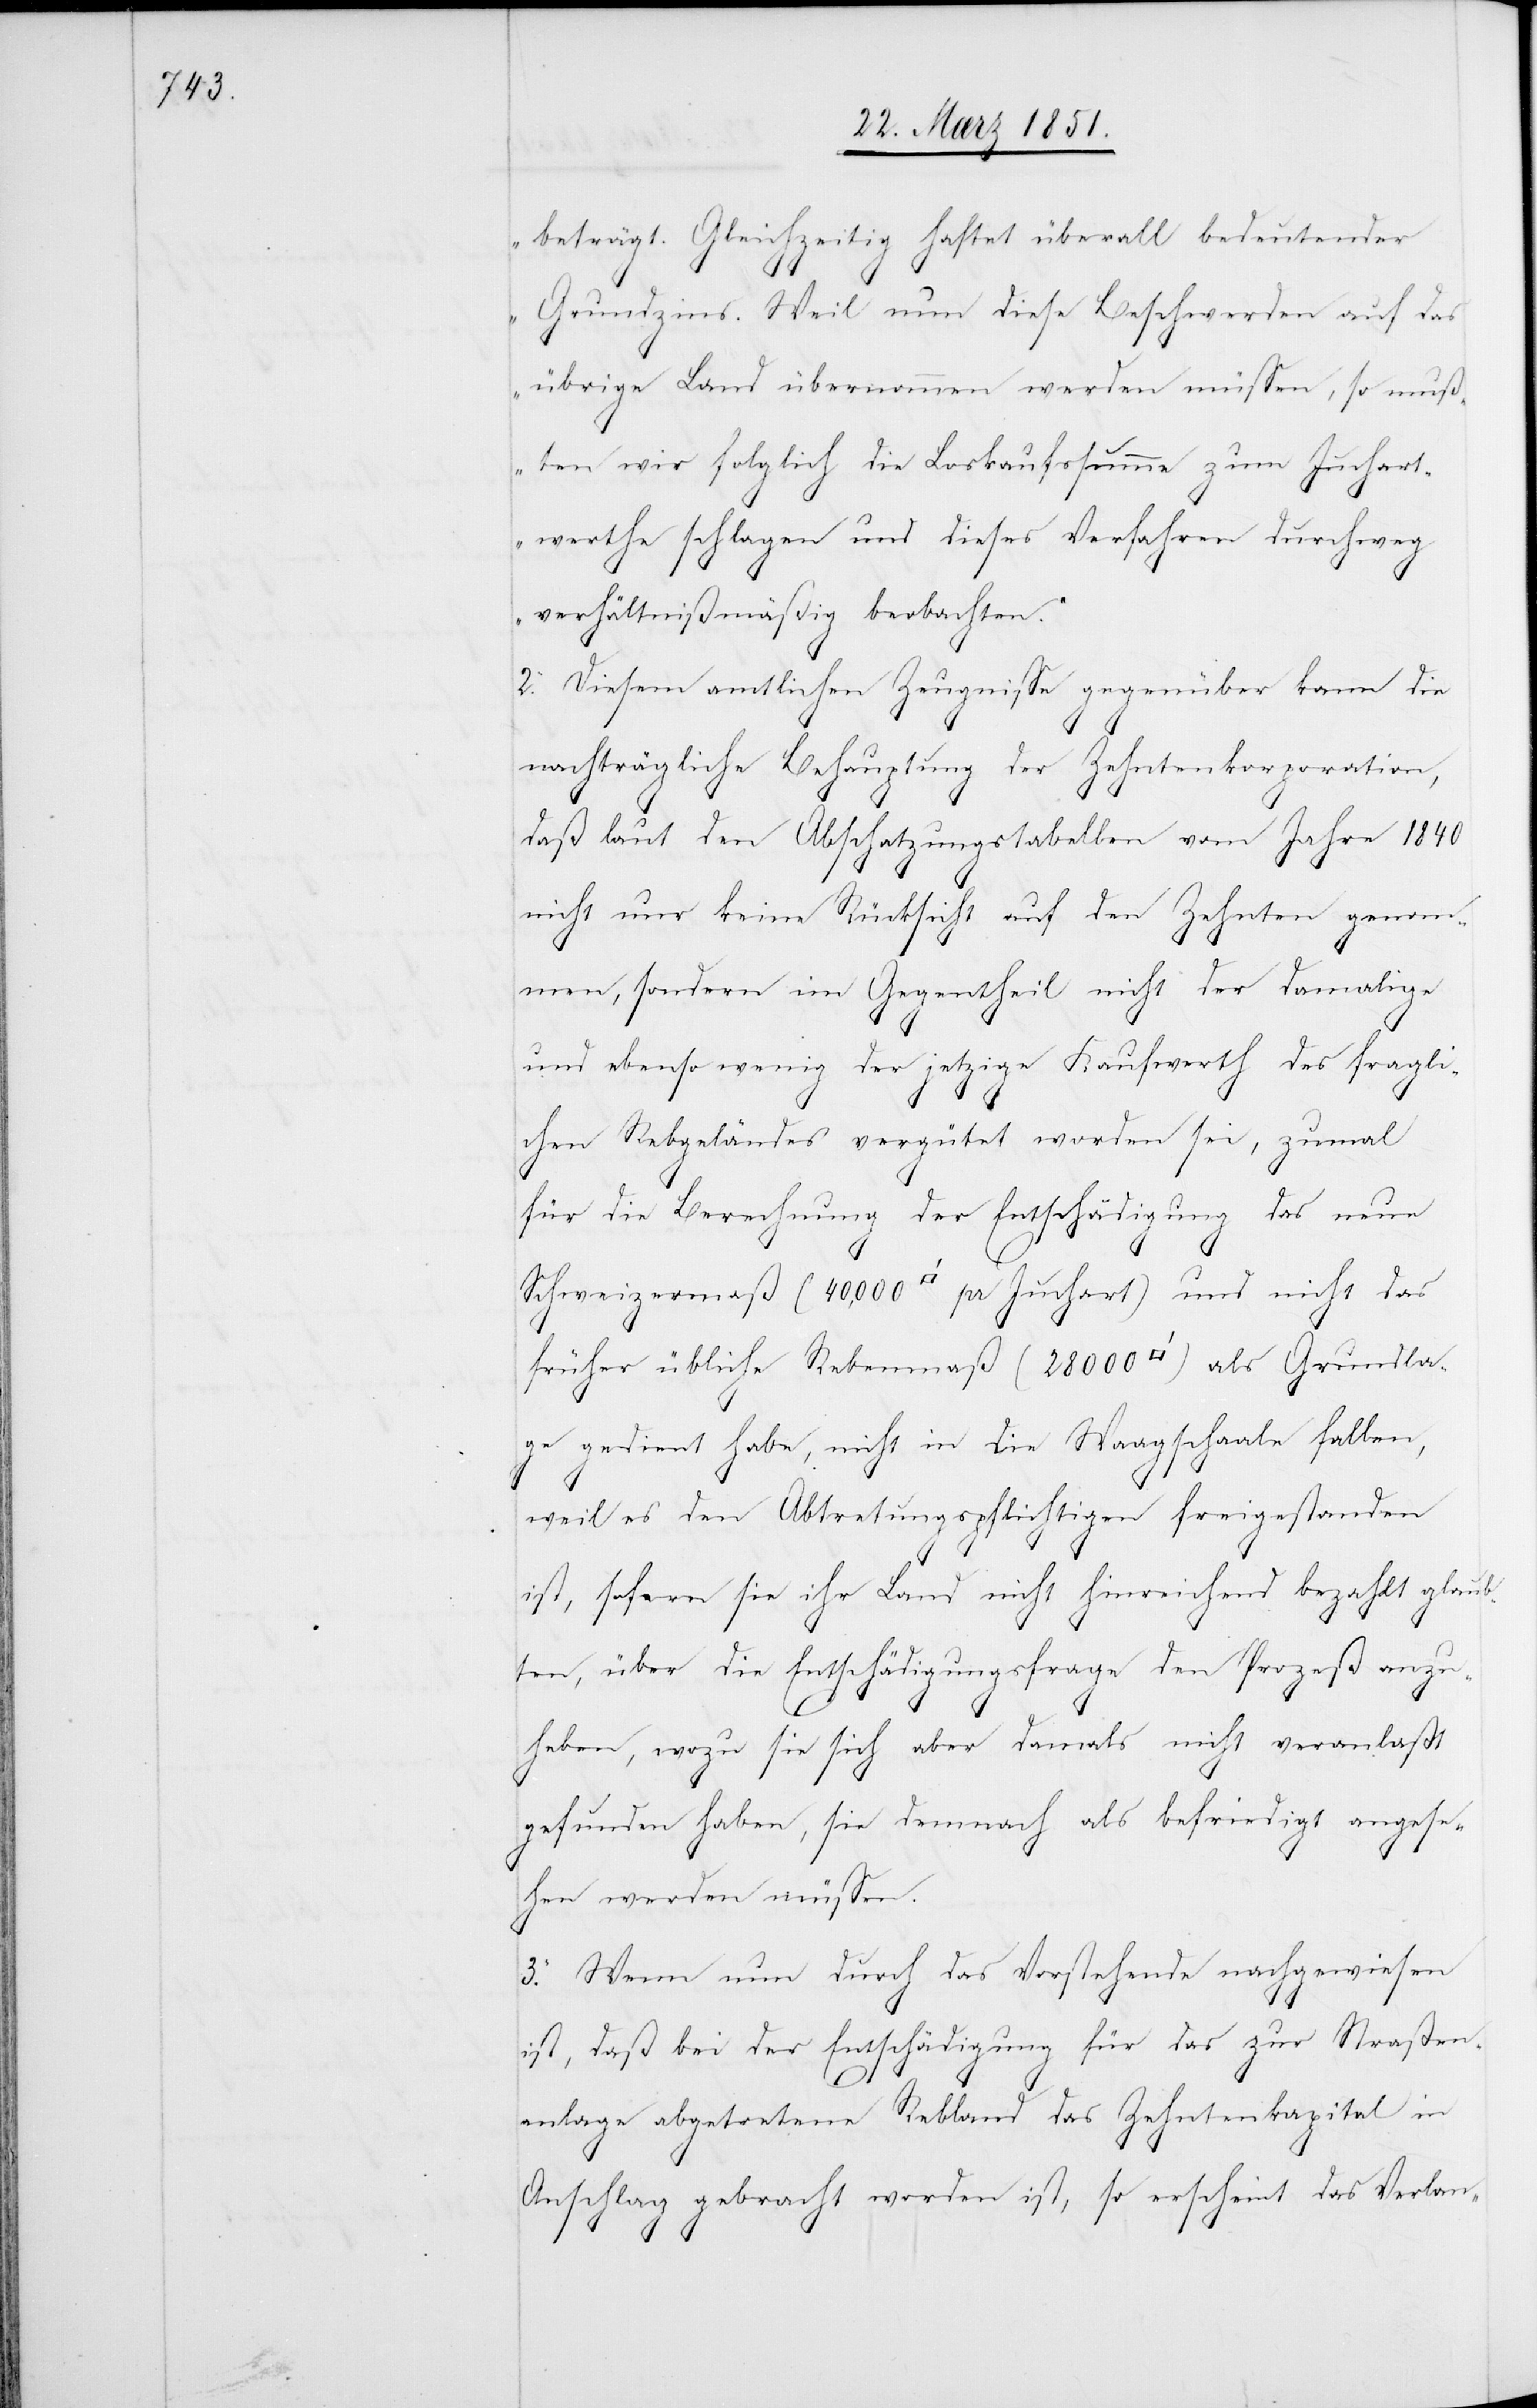
beträgt. Gleichzeitig haftet überall bedeutender
Grundzins. Weil nun diese Beschwerden auf das
übrige Land übernommen werden müssen, so muß¬
ten wir folglich die Loskaufssumme zum Juchart¬
werthe schlagen und dieses Verfahren durchweg
verhältnißmäßig beobachten.“
2. Diesem amtlichen Zeugnisse gegenüber kann die
nachträgliche Behauptung der Zehntenkorporation,
daß laut den Abschatzungstabellen vom Jahre 1840
nicht nur keine Rücksicht auf den Zehnten genom¬
men, sondern im Gegentheil nicht der damalige
und ebenso wenig der jetzige Kaufwerth des fragli¬
chen Rebgeländes vergütet worden sei, zumal
für die Berechnung der Entschädigung das neue
Schweizermaß (40,000 [Quadratfuß] pr Juchart) und nicht das
früher übliche Rebenmaß (28000 [Quadratfuß]) als Grundla¬
ge gedient habe, nicht in die Waagschaale fallen,
weil es den Abtretungspflichtigen freigestanden
ist, sofern sie ihr Land nicht hinreichend bezahlt glaub¬
ten, über die Entschädigungsfrage den Prozeß anzu¬
heben, wozu sie sich aber damals nicht veranlaßt
gefunden haben, sie demnach als befriedigt angese¬
hen werden müssen.
3. Wenn nun durch das Vorstehende nachgewiesen
ist, daß bei der Entschädigung für das zur Straßen¬
anlage abgetretene Rebland das Zehntenkapital in
Anschlag gebracht worden ist, so erscheint das Verlan-